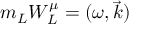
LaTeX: m _ { L } W _ { L } ^ { \mu } = ( \omega , \vec { k } )